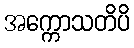
အက္ကောသတိပိ